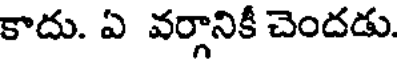
కాదు. ఏ వర్గానికీ చెందడు.